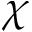
\chi